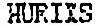
HURIXS